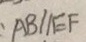
A B / / E F